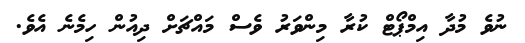
ނުވެ މުދާ އިމްޕޯޓް ކުރާ މިންވަރު ވެސް މައްޗަށް ދިއުން ހިމެނެ އެވެ.